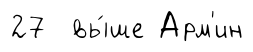
27 вы́ше Арм'ин